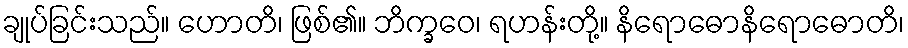
ချုပ်ခြင်းသည်။ ဟောတိ၊ ဖြစ်၏။ ဘိက္ခဝေ၊ ရဟန်းတို့။ နိရောဓောနိရောဓောတိ၊